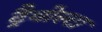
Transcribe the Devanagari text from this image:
ट्रैवोल्टा